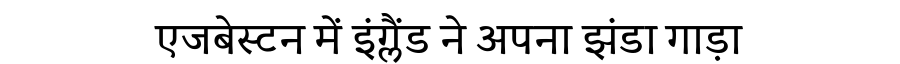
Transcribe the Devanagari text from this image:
एजबेस्टन में इंग्लैंड ने अपना झंडा गाड़ा